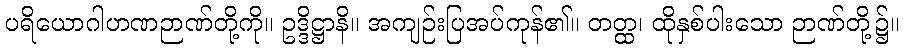
ပရိယောဂါဟဏဉာဏ်တို့ကို။ ဥဒ္ဒိဋ္ဌာနိ။ အကျဉ်းပြအပ်ကုန်၏။ တတ္ထ၊ ထိုနှစ်ပါးသော ဉာဏ်တို့၌။